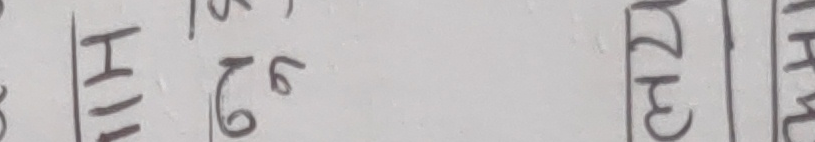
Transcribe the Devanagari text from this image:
मा १ १५ मा २ मा अ
६७